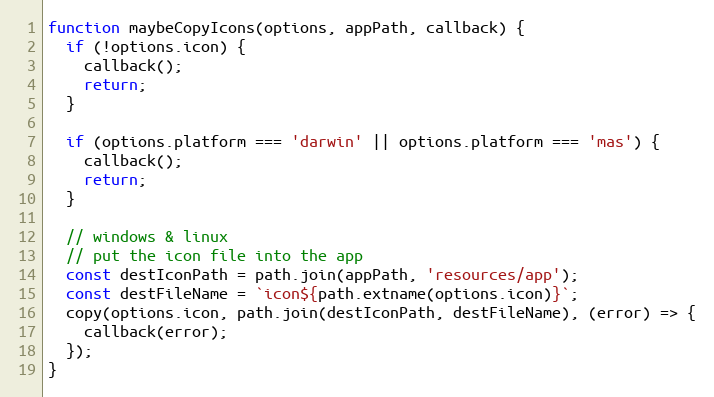
Language: JavaScript
function maybeCopyIcons(options, appPath, callback) {
  if (!options.icon) {
    callback();
    return;
  }

  if (options.platform === 'darwin' || options.platform === 'mas') {
    callback();
    return;
  }

  // windows & linux
  // put the icon file into the app
  const destIconPath = path.join(appPath, 'resources/app');
  const destFileName = `icon${path.extname(options.icon)}`;
  copy(options.icon, path.join(destIconPath, destFileName), (error) => {
    callback(error);
  });
}